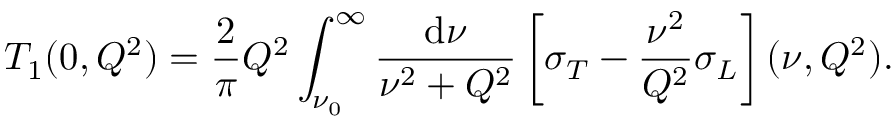
T _ { 1 } ( 0 , Q ^ { 2 } ) = \frac { 2 } { \pi } Q ^ { 2 } \int _ { \nu _ { 0 } } ^ { \infty } \frac { \mathrm { d } \nu } { \nu ^ { 2 } + Q ^ { 2 } } \left[ \sigma _ { T } - \frac { \nu ^ { 2 } } { Q ^ { 2 } } \sigma _ { L } \right] ( \nu , Q ^ { 2 } ) .